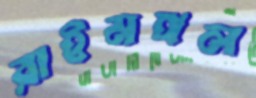
রাইমঙ্গল